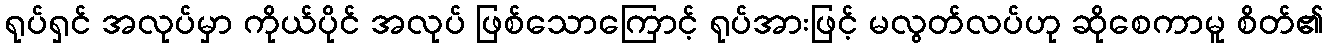
ရုပ်ရှင် အလုပ်မှာ ကိုယ်ပိုင် အလုပ် ဖြစ်သောကြောင့် ရုပ်အားဖြင့် မလွတ်လပ်ဟု ဆိုစေကာမူ စိတ်၏